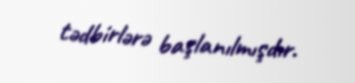
tədbirlərə başlanılmışdır.